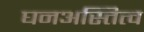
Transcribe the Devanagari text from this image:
घनअस्तित्व